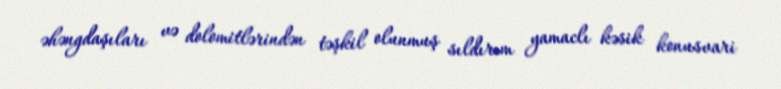
əhəngdaşıları və dolomitlərindən təşkil olunmuş sıldırım yamaclı kəsik konusvari